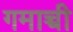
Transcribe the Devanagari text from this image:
गमाच्ची